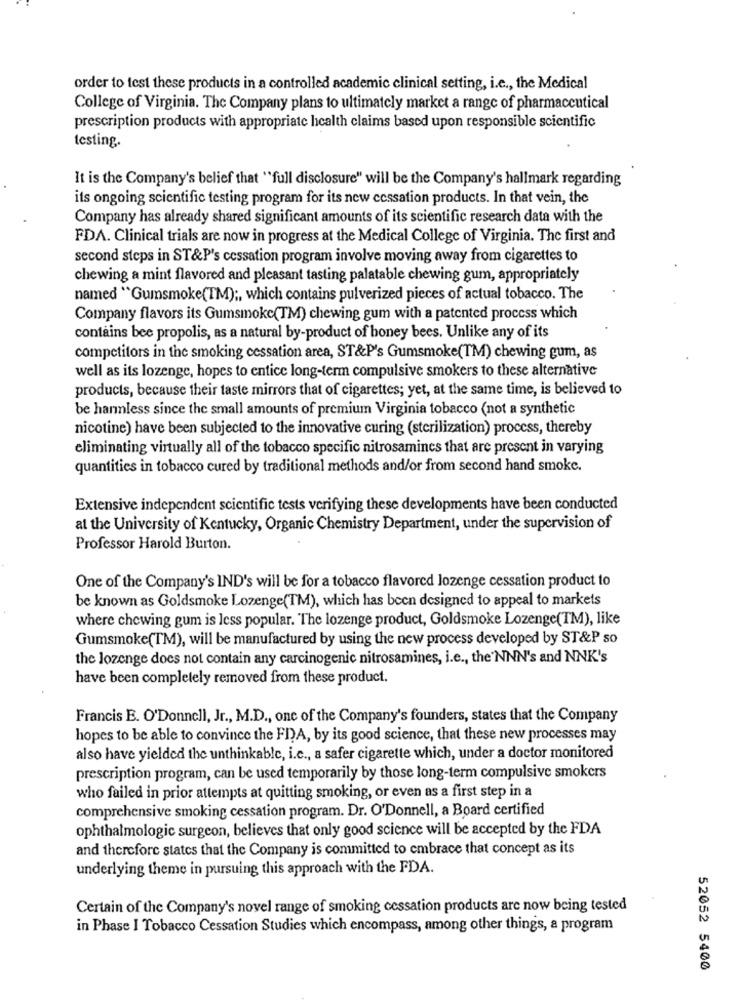
order to test these products in a controlled academic clinical setting, i.e ., the Medical
College of Virginia. The Company plans to ultimately market a range of pharmaceutical
prescription products with appropriate health claims based upon responsible scientific
testing.
It is the Company's belief that "full disclosure" will be the Company's hallmark regarding
its ongoing scientific testing program for its new cessation products. In that vein, the
Company has already shared significant amounts of its scientific research data with the
FDA. Clinical trials are now in progress at the Medical College of Virginia. The first and
second steps in ST&P's cessation program involve moving away from cigarettes to
chewing a mint flavored and pleasant tasting palatable chewing gum, appropriately
named "Gumsmoke(TM) ;, which contains pulverized pieces of actual tobacco. The
Company flavors its Gumsmoke(TM) chewing gum with a patented process which
contains bee propolis, as a natural by-product of honey bees. Unlike any of its
competitors in the smoking cessation area, ST&P's Gumsmoke(TM) chewing gum, as
well as its lozenge, hopes to entice long-term compulsive smokers to these alternative
products, because their taste mirrors that of cigarettes; yet, at the same time, is believed to
be harmless since the small amounts of premium Virginia tobacco (not a synthetic
nicotine) have been subjected to the innovative curing (sterilization) process, thereby
eliminating virtually all of the tobacco specific nitrosamines that are present in varying
quantities in tobacco cured by traditional methods and/or from second hand smoke.
Extensive independent scientific tests verifying these developments have been conducted
at the University of Kentucky, Organic Chemistry Department, under the supervision of
Professor Harold Burton.
One of the Company's IND's will be for a tobacco flavored lozenge cessation product to
be known as Goldsmoke Lozenge(TM), which has been designed to appeal to markets
where chewing gum is less popular. The lozenge product, Goldsmoke Lozenge(TM), like
Gumsmoke(TM), will be manufactured by using the new process developed by ST&P so
the lozenge does not contain any carcinogenic nitrosamines, i.e ., the'NNN's and NNK's
have been completely removed from these product.
Francis E. O'Donnell, Jr ., M.D ., one of the Company's founders, states that the Company
hopes to be able to convince the FDA, by its good science, that these new processes may
also have yielded the unthinkable, i.c ., a safer cigarette which, under a doctor monitored
prescription program, can be used temporarily by those long-term compulsive smokers
who failed in prior attempts at quitting smoking, or even as a first step in a
comprehensive smoking cessation program. Dr. O'Donnell, a Board certified
ophthalmologic surgeon, believes that only good science will be accepted by the FDA
and therefore states that the Company is committed to embrace that concept as its
underlying theme in pursuing this approach with the FDA.
Certain of the Company's novel range of smoking cessation products are now being tested
in Phase I Tobacco Cessation Studies which encompass, among other things, a program
52052 5400